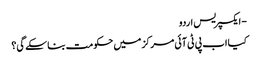
- ایکسپریس اردو
کیا اب پی ٹی آئی مرکز میں حکومت بنا سکے گی؟